Papers set at the Examination for Leaving Certificates, 1895
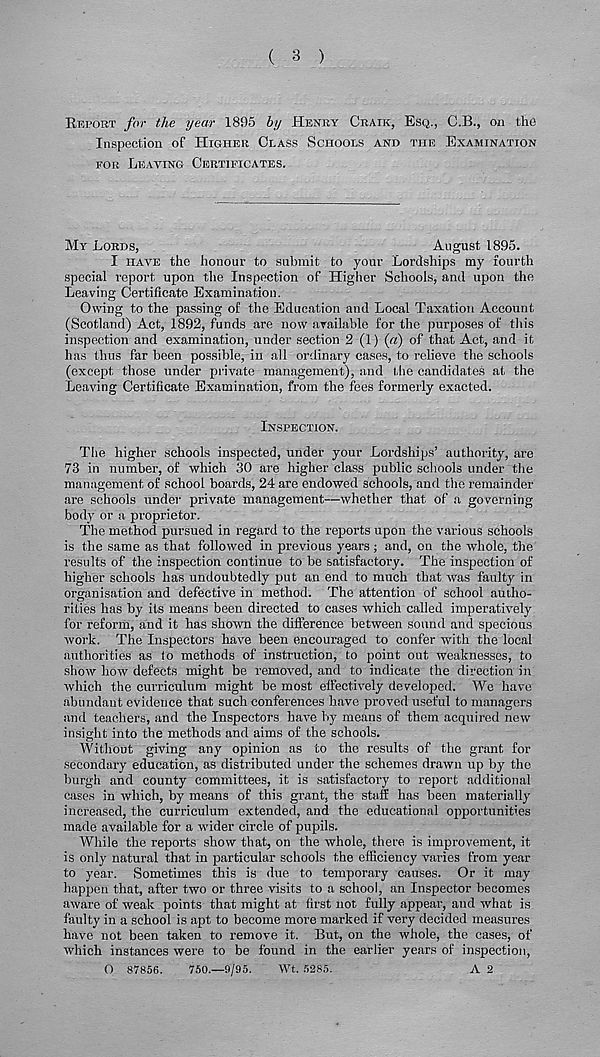
( 3 )
REPORT for the year 1895 by HENRY CRAIK, ESQ., C.B., on the
Inspection of HIGHER CLASS SCHOOLS AND THE EXAMINATION
FOR LEAVING CERTIFICATES.
MY LORDS,
August 1895.
I HAVE the honour to submit to your Lordships my fourth
special report upon the Inspection of Higher Schools, and upon the
Leaving Certificate Examination.
Owing to the passing of the Education and Local Taxation Account
(Scotland) Act, 1892, funds are now available for the purposes of this
inspection and examination, under section 2 (1) («) of that Act, and it
has thus far been possible, in all ordinary cases, to relieve the schools
(except those under private management), and the candidates at the
Leaving Certificate Examination, from the fees formerly exacted.
INSPECTION.
The higher schools inspected, under your Lordships’ authority, are
73 in number, of which 30 are higher class public schools under the
management of school boards, 24 are endowed schools, and the remainder
are schools under private management—whether that of a governing-
body or a proprietor.
The method pursued in regard to the reports upon the various schools
is the same as that followed in previous years; and, on the whole, the
results of the inspection continue to be satisfactory. The inspection of
higher schools has undoubtedly put an end to much that was faulty in
organisation and defective in method. The attention of school autho-
rities has by its means been directed to cases which called imperatively
for reform, and it has shown the difierence between sound and specious
work. The Inspectors have been encouraged to confer with the local
authorities as to methods of instruction, to point out weaknesses, to
show how defects might be removed, and to indicate the direction in
which the curriculum might be most effectively developed. We have
abundant evidence that such conferences have proved useful to managers
and teachers, and the Inspectors have by means of them acquired new
insight into the methods and aims of the schools.
Without giving any opinion as to the results of the grant for
secondary education, as distributed under the schemes drawn up by the
burgh and county committees, it is satisfactory to report additional
cases in which, by means of this grant, the staff has been materially
increased, the curriculum extended, and the educational opportunities
made available for a wider circle of pupils.
While the reports show that, on the whole, there is improvement, it
is only natural that in particular schools the efficiency varies from year
to year. Sometimes this is due to temporary causes. Or it may
happen that, after two or three visits to a school, an Inspector becomes
aware of weak points that might at first not fully appear, and what is
faulty in a school is apt to become more marked if very decided measures
have not been taken to remove it. But, on the whole, the cases, of
which instances were to be found in the earlier years of inspection,
O 87856.
750.—9/95.
Wt. 5285.
A 2